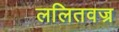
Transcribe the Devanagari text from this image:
ललितवज्र